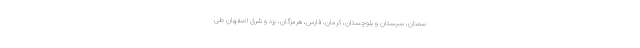
سمنان، سیستان و بلوچستان، کرمان، فارس، هرمزگان، یزد و شرق اصفهان طی